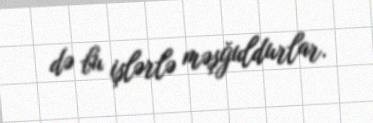
də bu işlərlə məşğuldurlar.